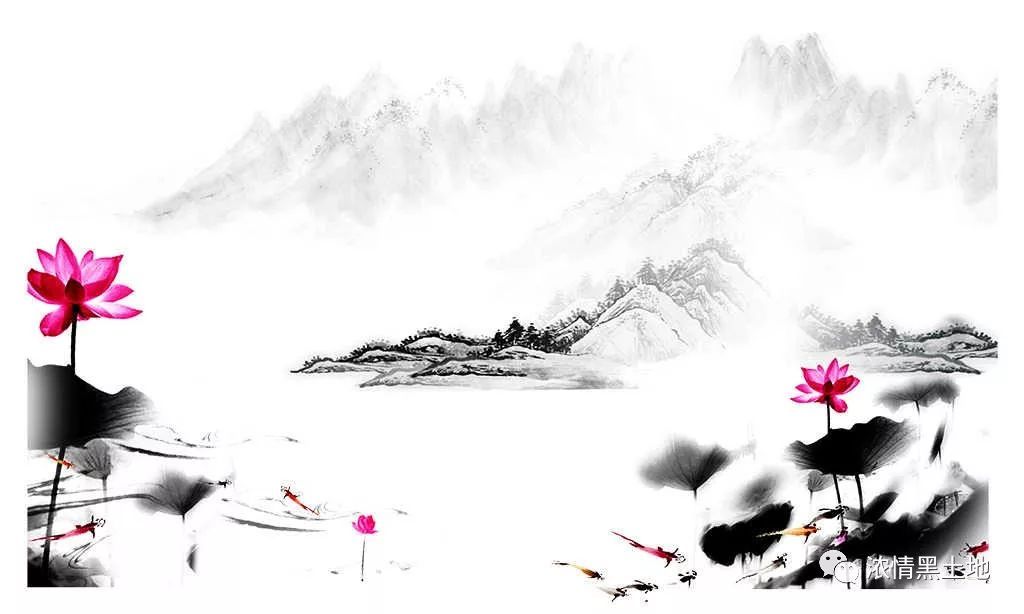
东君也不爱惜，雪压霜欺。